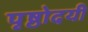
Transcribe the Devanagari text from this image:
पृष्ठोदयी